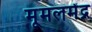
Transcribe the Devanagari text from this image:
मूमलमेंद्र